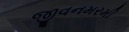
જીવનમરમી